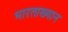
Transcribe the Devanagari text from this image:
भारताख्यान